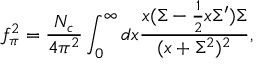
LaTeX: \displaystyle f _ { \pi } ^ { 2 } = \frac { N _ { c } } { 4 \pi ^ { 2 } } \int _ { 0 } ^ { \infty } d x \frac { x ( \Sigma - \frac { 1 } { 2 } x \Sigma ^ { \prime } ) \Sigma } { ( x + \Sigma ^ { 2 } ) ^ { 2 } } ,